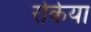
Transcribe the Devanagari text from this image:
रोकेया